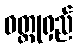
ဝတ္ထုရှည်